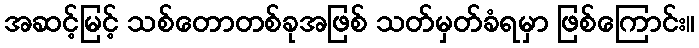
အဆင့်မြင့် သစ်တောတစ်ခုအဖြစ် သတ်မှတ်ခံရမှာ ဖြစ်ကြောင်း။